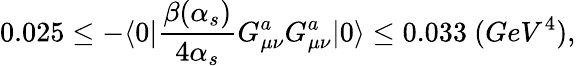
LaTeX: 0.025\leq-\langle{0}|{\frac{\beta(\alpha_{s})}{4\alpha_{s}}}G_{\mu\nu}^{a}G_{\mu\nu}^{a}|{0}\rangle\leq 0.033\ (GeV^{4}),